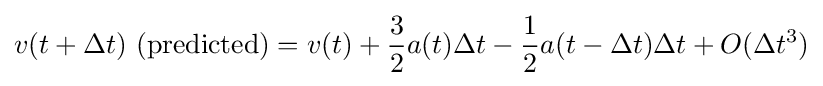
v(t+\Delta t)~{\text{(predicted)}}=v(t)+{\frac {3}{2}}a(t)\Delta t-{\frac {1}{2}}a(t-\Delta t)\Delta t+O(\Delta t^{3})